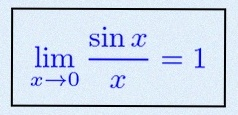
\lim_{x\to0}\frac{\sin x}{x}=1